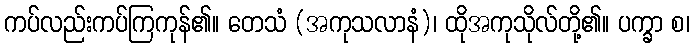
ကပ်လည်းကပ်ကြကုန်၏။ တေသံ (အကုသလာနံ)၊ ထိုအကုသိုလ်တို့၏။ ပက္ခာ စ၊